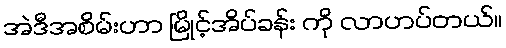
အဲဒီအစိမ်းဟာ မြိုင့်အိပ်ခန်း ကို လာဟပ်တယ်။